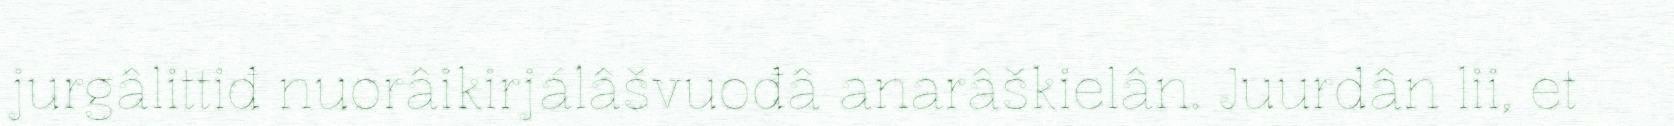
jurgâlittiđ nuorâikirjálâšvuođâ anarâškielân. Juurdân lii, et